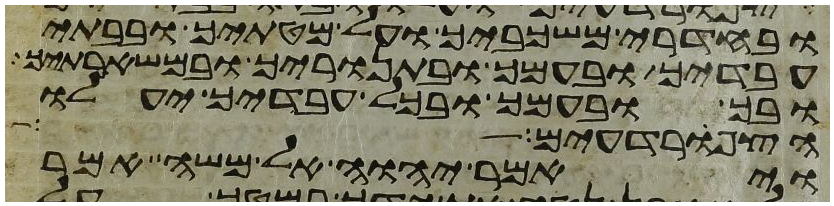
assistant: ובחדרי משכביך ועל מטתיך ובבתי
עבדיך ובעמך ובתנוריך ובמשארתיך
ובך ובעמך ובכל עבדיך יעלו
הצפרדעים
ויאמר יהוה אל משה אמר